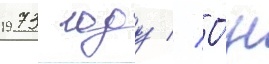
1973 году // О́н